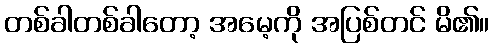
တစ်ခါတစ်ခါတော့ အမေ့ကို အပြစ်တင် မိ၏။